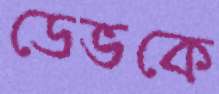
ডেভকে